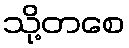
သို့တစေ